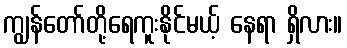
ကျွန်တော်တို့ရေကူးနိုင်မယ့် နေရာ ရှိလား။